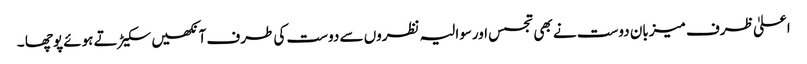
اعلیٰ ظرف میزبان دوست نے بھی تجسس اورسوالیہ نظروں سے دوست کی طرف آنکھیں سکیڑ تے ہوئے پوچھا ۔